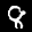
Label: 8